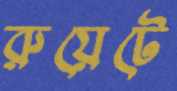
রুয়েটে